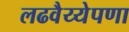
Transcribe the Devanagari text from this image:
लढवैय्येपणा